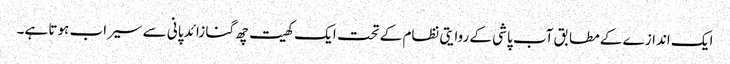
ایک اندازے کے مطابق آب پاشی کے روایتی نظام کے تحت ایک کھیت چھ گنا زائد پانی سے سیراب ہوتا ہے۔